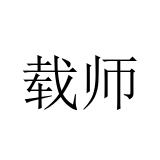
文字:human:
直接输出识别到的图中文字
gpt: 载师